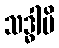
သဒ္ဓါပိ